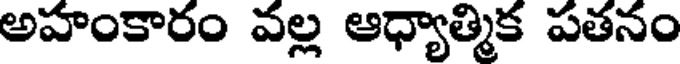
అహంకారం వల్ల ఆధ్యాత్మిక పతనం